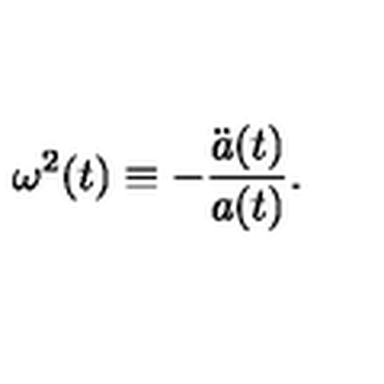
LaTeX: \omega ^ { 2 } ( t ) \equiv - \frac { { \ddot { a } } ( t ) } { a ( t ) } .